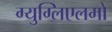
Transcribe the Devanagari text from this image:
ग्युग्लिएलमो